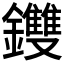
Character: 𨰚